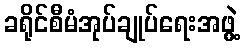
ခရိုင်စီမံအုပ်ချုပ်ရေးအဖွဲ့